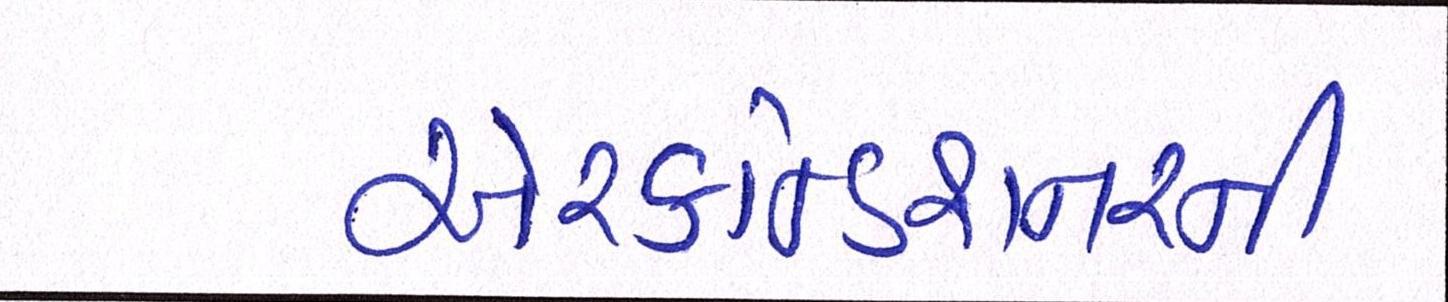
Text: એરકન્ડિશનરની